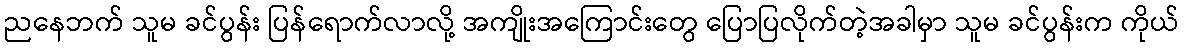
ညနေဘက် သူမ ခင်ပွန်း ပြန်ရောက်လာလို့ အကျိုးအကြောင်းတွေ ပြောပြလိုက်တဲ့အခါမှာ သူမ ခင်ပွန်းက ကိုယ်